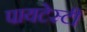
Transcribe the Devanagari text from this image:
पायटेस्टी